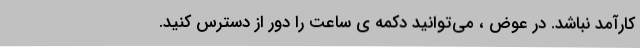
کارآمد نباشد. در عوض ، می‌توانید دکمه ی ساعت را دور از دسترس کنید.